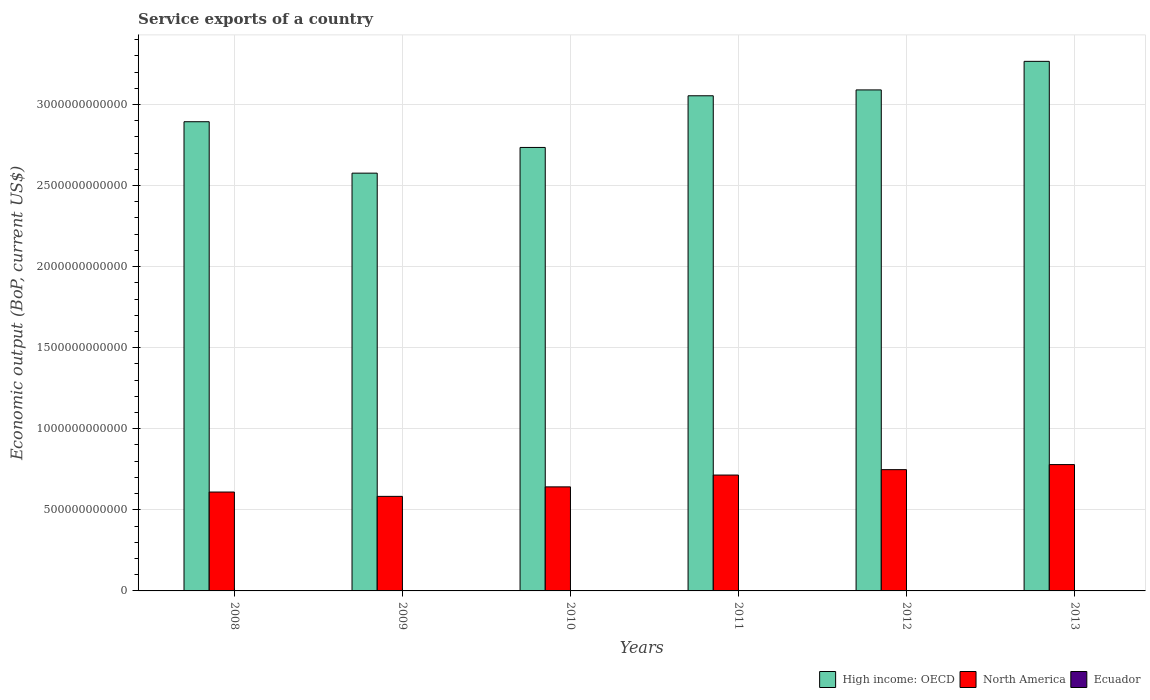
| Years | High income: OECD | North America | Ecuador |
 | --- | --- | --- | --- |
 | 2008 | 2.89e+12 | 6.1e+11 | 1.45e+09 |
 | 2009 | 2.58e+12 | 5.83e+11 | 1.34e+09 |
 | 2010 | 2.73e+12 | 6.42e+11 | 1.48e+09 |
 | 2011 | 3.05e+12 | 7.15e+11 | 1.59e+09 |
 | 2012 | 3.09e+12 | 7.48e+11 | 1.81e+09 |
 | 2013 | 3.27e+12 | 7.79e+11 | 2.04e+09 |